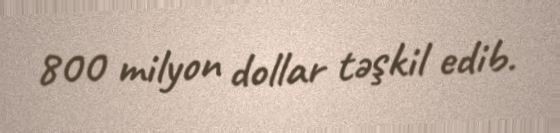
800 milyon dollar təşkil edib.